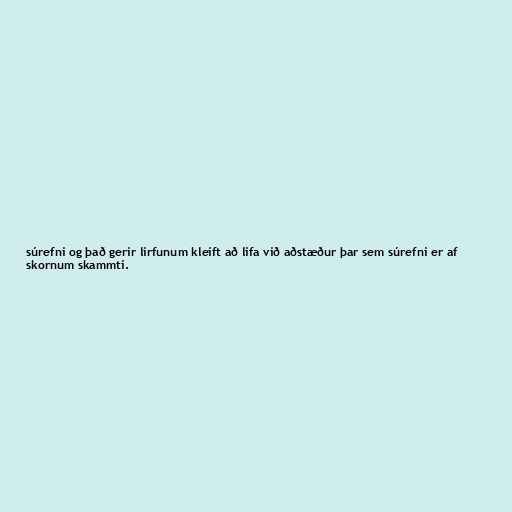
súrefni og það gerir lirfunum kleift að lifa við aðstæður þar sem súrefni er af
skornum skammti.